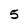
Character: 5